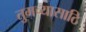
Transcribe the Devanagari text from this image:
तुमच्यासाठि